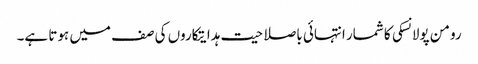
رومن پولانسکی کا شمار انتہائی باصلاحیت ہدایتکاروں کی صف میں ہوتا ہے۔